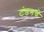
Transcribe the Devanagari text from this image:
टंडनचे